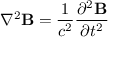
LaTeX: \nabla ^ { 2 } \mathbf { B } = { \frac { 1 } { c ^ { 2 } } } { \frac { \partial ^ { 2 } \mathbf { B } } { \partial t ^ { 2 } } }